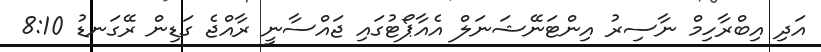
އަދި އިބްރާހިމް ނާސިރު އިންޓަނޭޝަނަލް އެއާޕޯޓުގައި ޖައްސާނީ ރާއްޖެ ގަޑިން ރޭގަނޑު 8:10